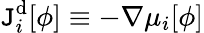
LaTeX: \boldsymbol{\mathtt{J}}_{i}^{\mathrm{{d}}}[\phi]\equiv-\nabla{\mu_{i}}[\phi]